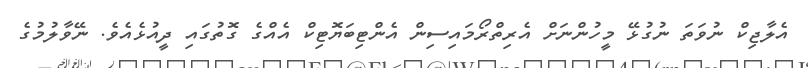
އެލާޖިކް ނުވަތަ ނުގުޅޭ މީހުންނަށް އެރިތްރޯމައިސިން އެންޓިބަޔޮޓިކް އެއްގެ ގޮތުގައި ދީއުޅެއެވެ. ނޭވާލުމުގެ